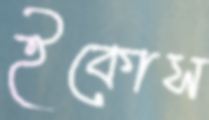
ইকোস